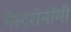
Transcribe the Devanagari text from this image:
गैस्ट्रोनॉमी